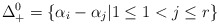
\begin{align*}\Delta_+^0 = \{ \alpha_i - \alpha_j| 1 \leq 1 < j \leq r \}\end{align*}